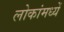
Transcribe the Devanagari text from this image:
लोकांमध्यें